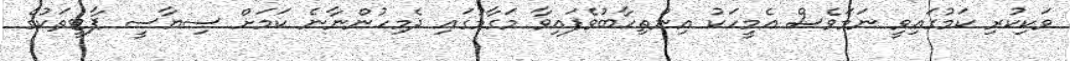
ވަކިކުރި ކަމުގައިވީ ނަމަވެސް އެމީހަކު އިންތިހާބުވެފައިވާ މަގާމުގައި ދެމިހުންނާނެ ކަމަށް ސިޔާސީ ޕާޓީތަކުގެ